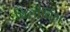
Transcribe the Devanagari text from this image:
बिलीविंग